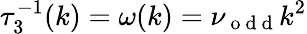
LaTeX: \tau_{3}^{-1}(k)=\omega(k)=\nu_{\mathrm{~o~d~d~}}k^{2}